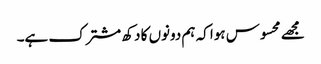
مجھے محسوس ہوا کہ ہم دونوں کا دکھ مشترک ہے۔